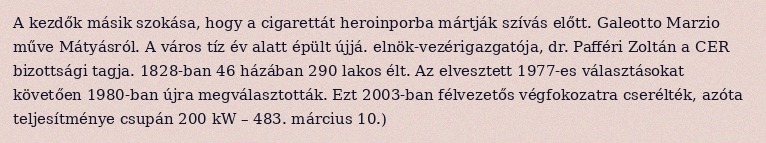
A kezdők másik szokása, hogy a cigarettát heroinporba mártják szívás előtt. Galeotto Marzio műve Mátyásról. A város tíz év alatt épült újjá. elnök-vezérigazgatója, dr. Pafféri Zoltán a CER bizottsági tagja. 1828-ban 46 házában 290 lakos élt. Az elvesztett 1977-es választásokat követően 1980-ban újra megválasztották. Ezt 2003-ban félvezetős végfokozatra cserélték, azóta teljesítménye csupán 200 kW – 483. március 10.)